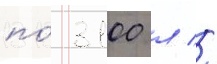
по́ 3100 л //